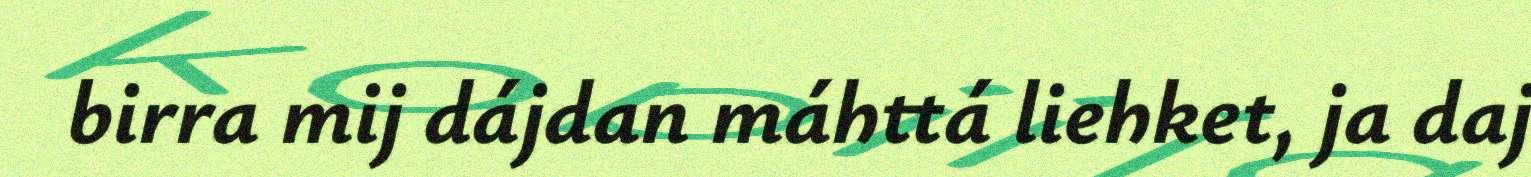
birra mij dájdan máhttá liehket, ja daj